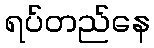
ရပ်တည်နေ